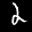
Label: 2